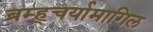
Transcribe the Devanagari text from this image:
ब्रम्ह्चर्यामागिल